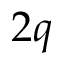
2 q